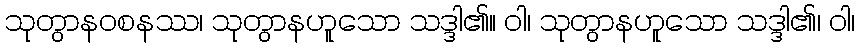
သုတွာနဝစနဿ၊ သုတွာနဟူသော သဒ္ဒါ၏။ ဝါ၊ သုတွာနဟူသော သဒ္ဒါ၏၊ ဝါ၊